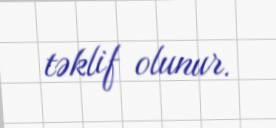
təklif olunur.